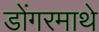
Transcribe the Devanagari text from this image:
डोंगरमाथे